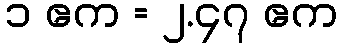
၁ ဧက = ၂.၄၇ ဧက